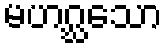
မဟဂ္ဃသော